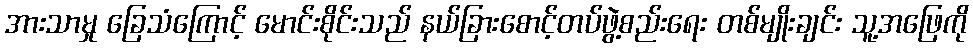
အားသာမှု ခြေသံကြောင့် မောင်းစိုင်းသည် နယ်ခြားစောင့်တပ်ဖွဲ့စည်းရေး တစ်မျိုးချင်း သူ့အဖြေကို